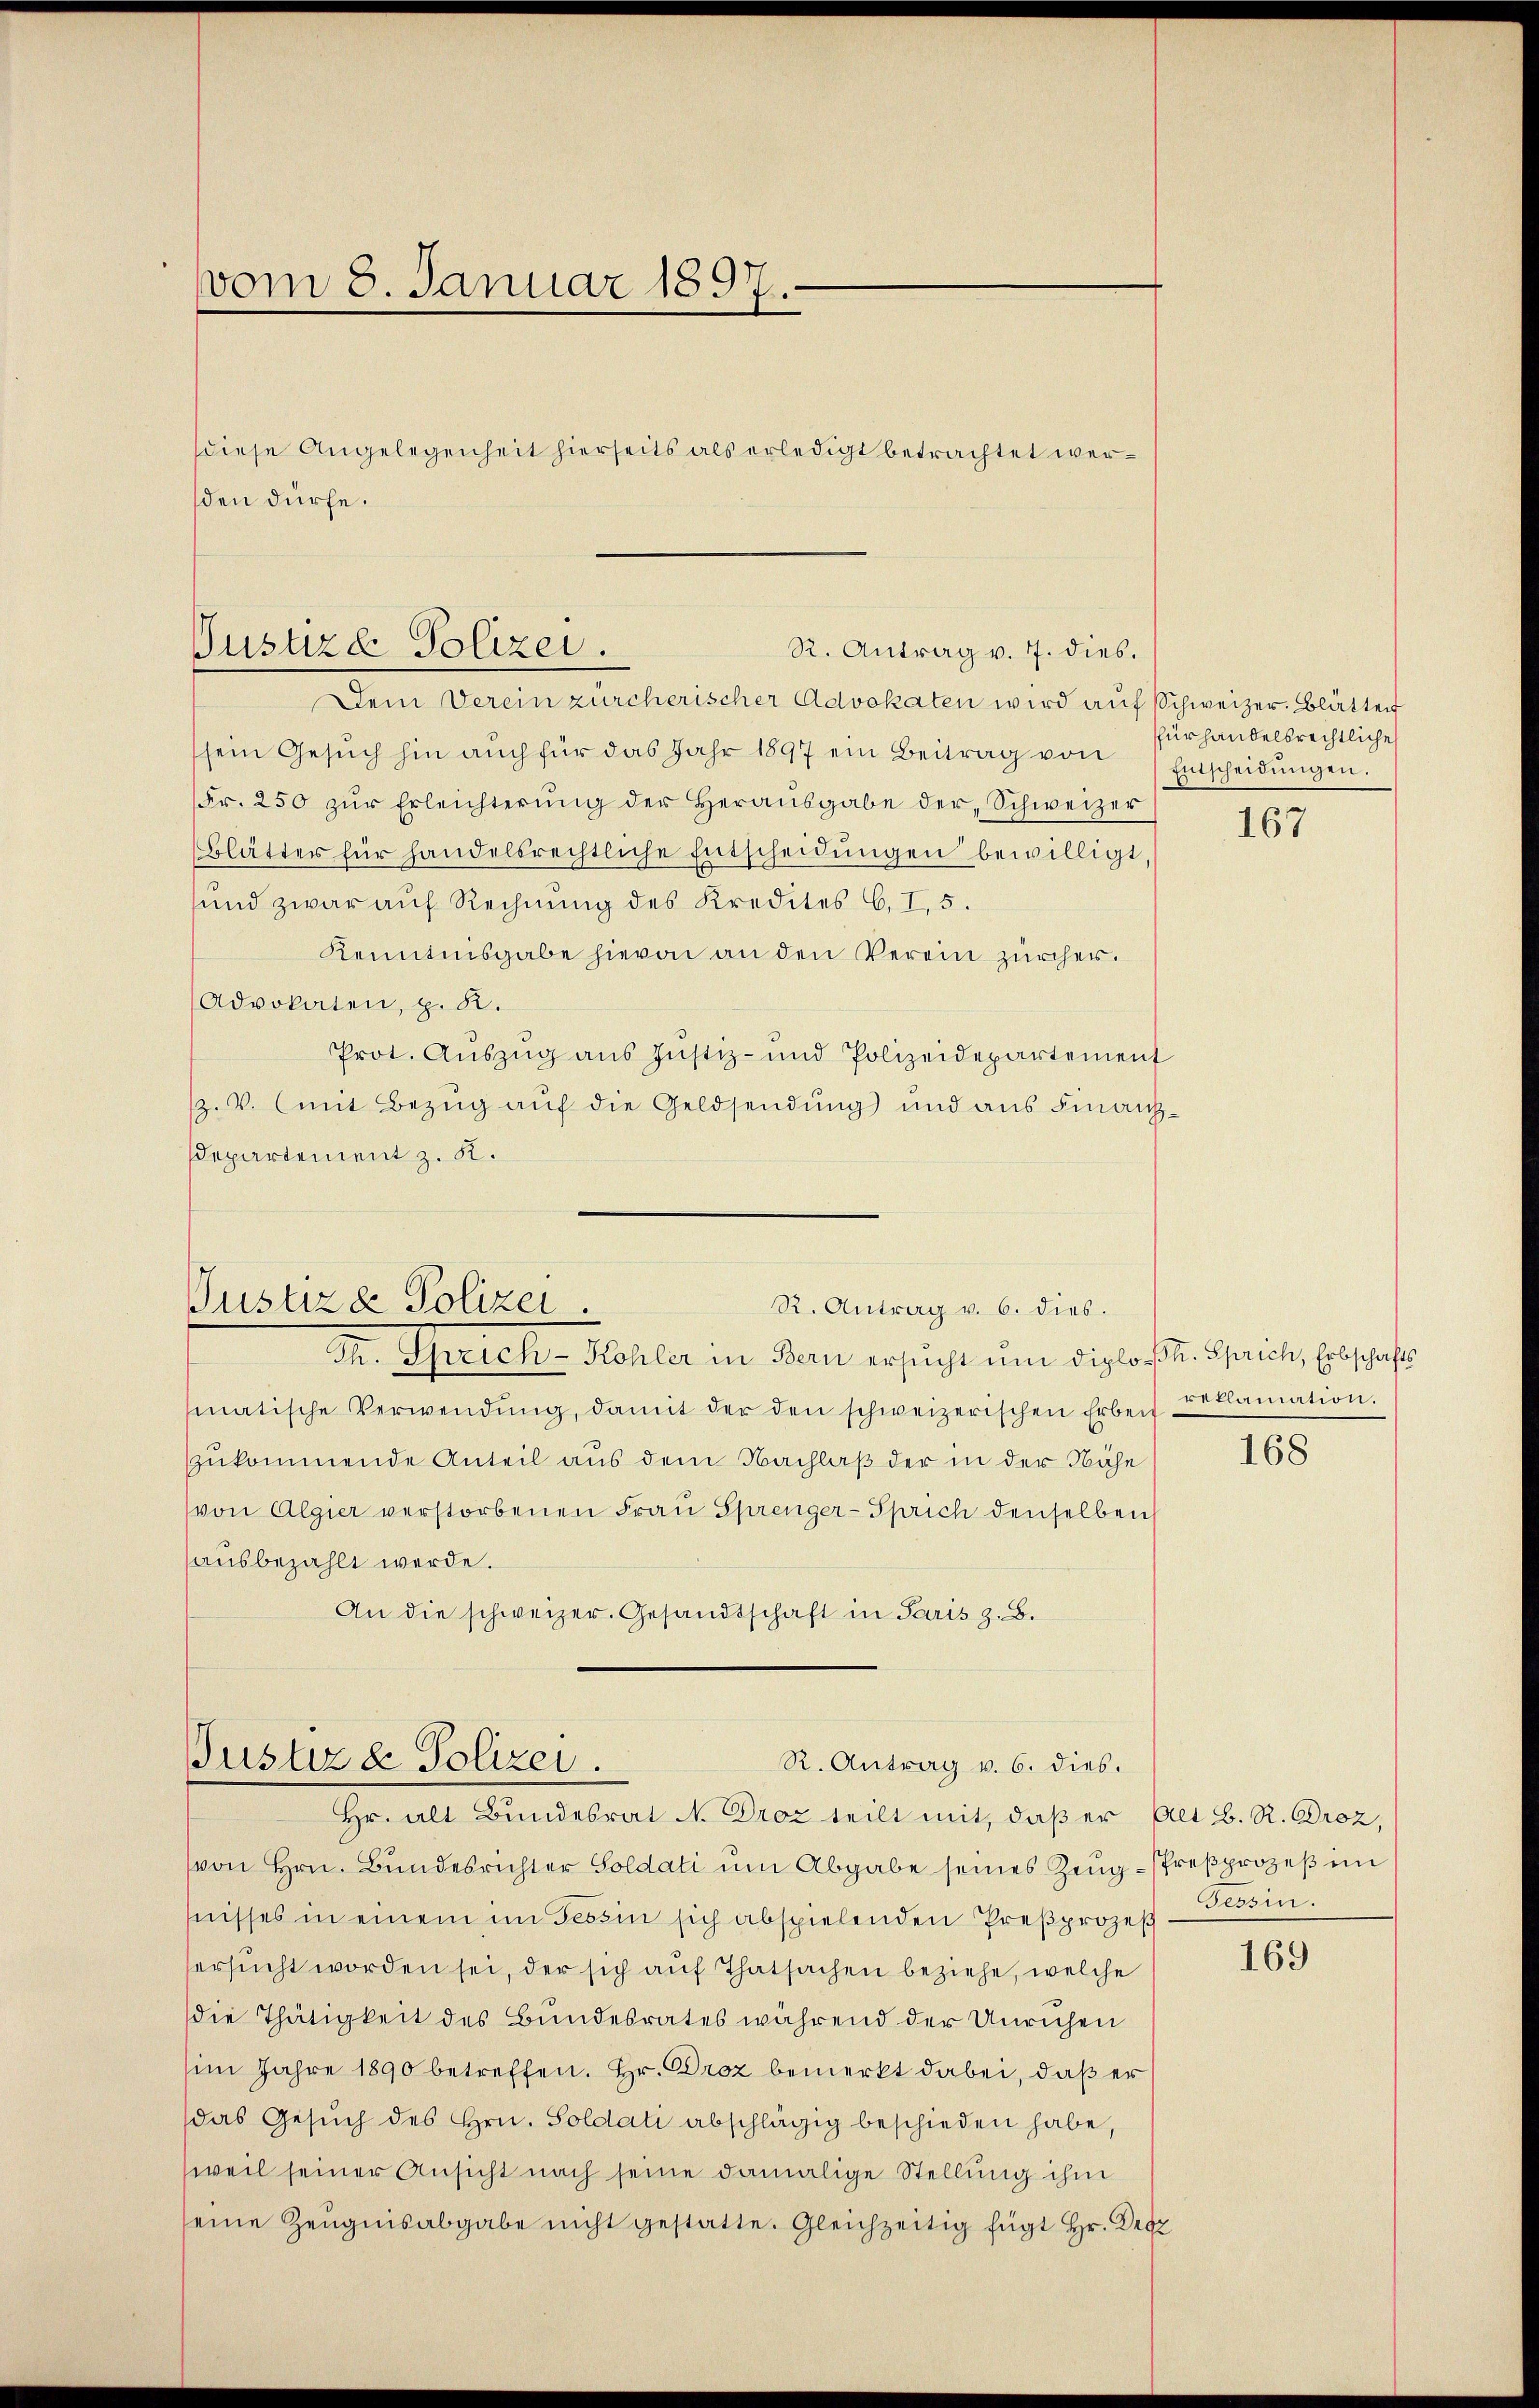
vom 8. Januar 1897.

sden dürfe.

diese Angelegenheit hierseits als erledigt betrachtet wer¬

Pustizd Polizei.
R. Antrag v. 7. dies.

Justiz & Polizei.
R. Antrag v. 6. dies.

Dem Verein zürcherischer Advokaten wird auf Schweizer. Blätten
sein Gesŭch hin aŭch für das Jahr 1897 ein Beitrag von Entscheidŭngen.
Fr. 250 zŭr Erleichterŭng der Heraŭsgabe der Schweizer
Blätter für handelsrechtliche Entscheidŭngen bewilligt
und zwar auf Rechnung des Kredites C. I, 5.
Kenntnisgabe hievon an den Verein zürcher.
Advokaten, z. R.
Prot. Auszug aus Justiz- und Polizeidepartement
z. V. (mit Bezŭg aŭf die Geldsendung und aus Finanz¬
Departement z. K.

M. Ghrrich-Hohler in Bern ersucht um diploß. Sprich, Erbschafts
matische Verwendŭng, damit der den schweizerischen Erbeit vollamation.
zukommende Anteil aus dem Nachlaß der in der Nähe
von Algier verstorbenen Frau Sprenger-Sprich denselben
sausbezahlt werde.
An die schweizer. Gesandtschaft in Paris z. B.

Pustiz & Polizei.
R. Antrag v. 6. dies.
Hr. alt Bundesrat N. Droz teilt mit, daß er Alt B. R. Droz,

(von Hrn. Bundesrichter Soldati ŭm Abgabe seines Zeŭg-freβprozeß im
fnisses in einem im Tessin sich abspielenden Preßprozeß-Tessin.
ersucht worden sei, der sich auf Thatsachen beziehe, welche
die Thätigkeit des Bundesrates während der Unruhen
im Jahre 1890 betreffen. Hr. Droz bemerkt dabei, daß er
das Gesŭch des Hrn. Soldati abschlägig beschieden habe,
weil seiner Ansicht nach seine damalige Stellung ihm
seine Zeŭgnisabgabe nicht gestatte. Gleichzeitig fügt Hr. Desz

fürhandelsrechtliche

167

168

169